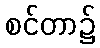
စင်တာ၌